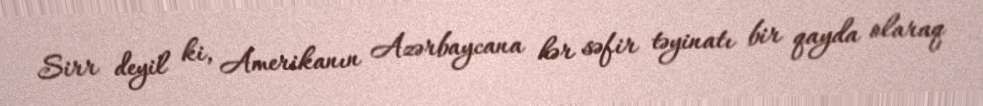
Sirr deyil ki, Amerikanın Azərbaycana hər səfir təyinatı bir qayda olaraq